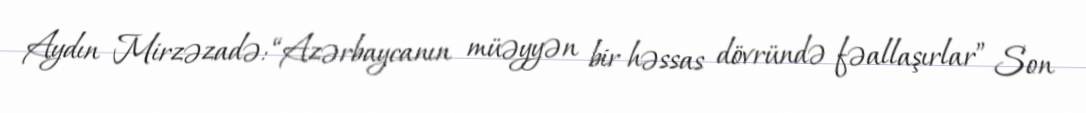
Aydın Mirzəzadə: “Azərbaycanın müəyyən bir həssas dövründə fəallaşırlar” Son